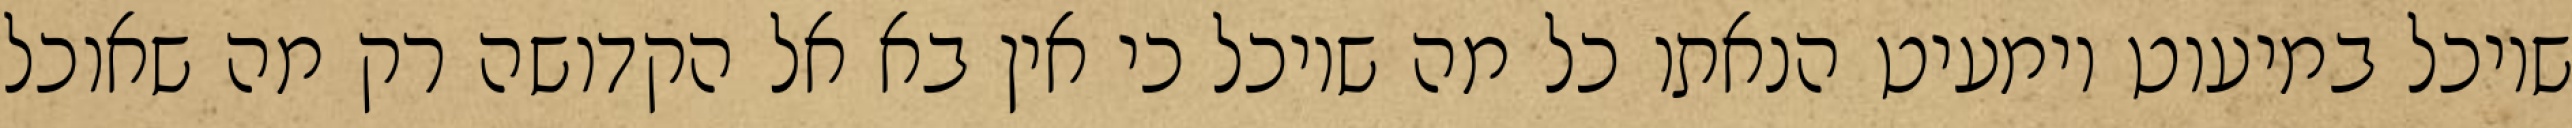
שיוכל במיעוט וימעיט הנאתו כל מה שיוכל כי אין בא אל הקדושה רק מה שאוכל